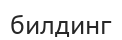
билдинг